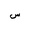
Letter: _sin